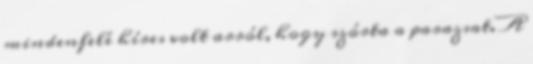
mindenfelé híres volt arról, hogy szórta a parazsat. A